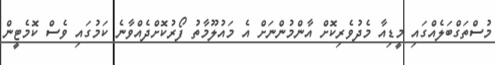
މުސްތަގްބަލެއްގައި މީޑިއާ މެދުވެރިކޮށް އާންމުންނަށް އެ މައުލޫމާތު ފޯރުކޮށްދެއްވާނެ ކަމުގައި ވެސް ކޮމެޓީން